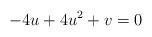
LaTeX: \begin{align*}-4u+4u^2+v=0\end{align*}